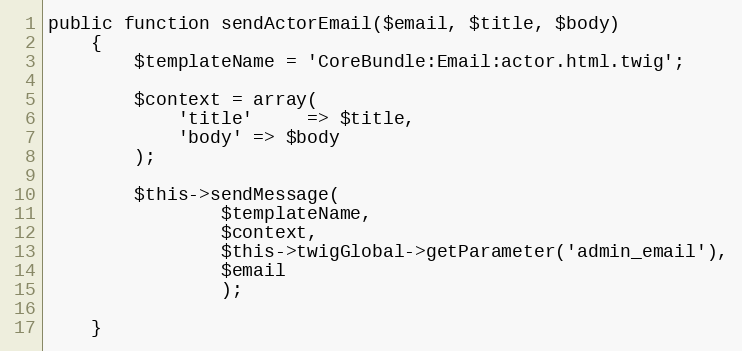
Language: PHP
public function sendActorEmail($email, $title, $body)
    {
        $templateName = 'CoreBundle:Email:actor.html.twig';

        $context = array(
            'title'     => $title,
            'body' => $body
        );

        $this->sendMessage(
                $templateName,
                $context,
                $this->twigGlobal->getParameter('admin_email'),
                $email
                );

    }